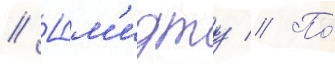
// Шм'идту // По́